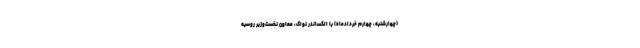
(چهارشنبه، چهارم خردادماه) با الکساندر نواک، معاون نخست‌وزیر روسیه